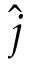
\hat { j }